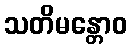
သတိမန္တောဝ